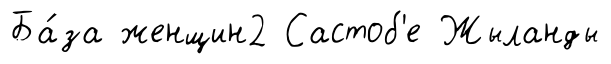
Ба́за женщин2 Састоб'е Жыланды